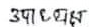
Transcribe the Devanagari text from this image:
उदाहरण